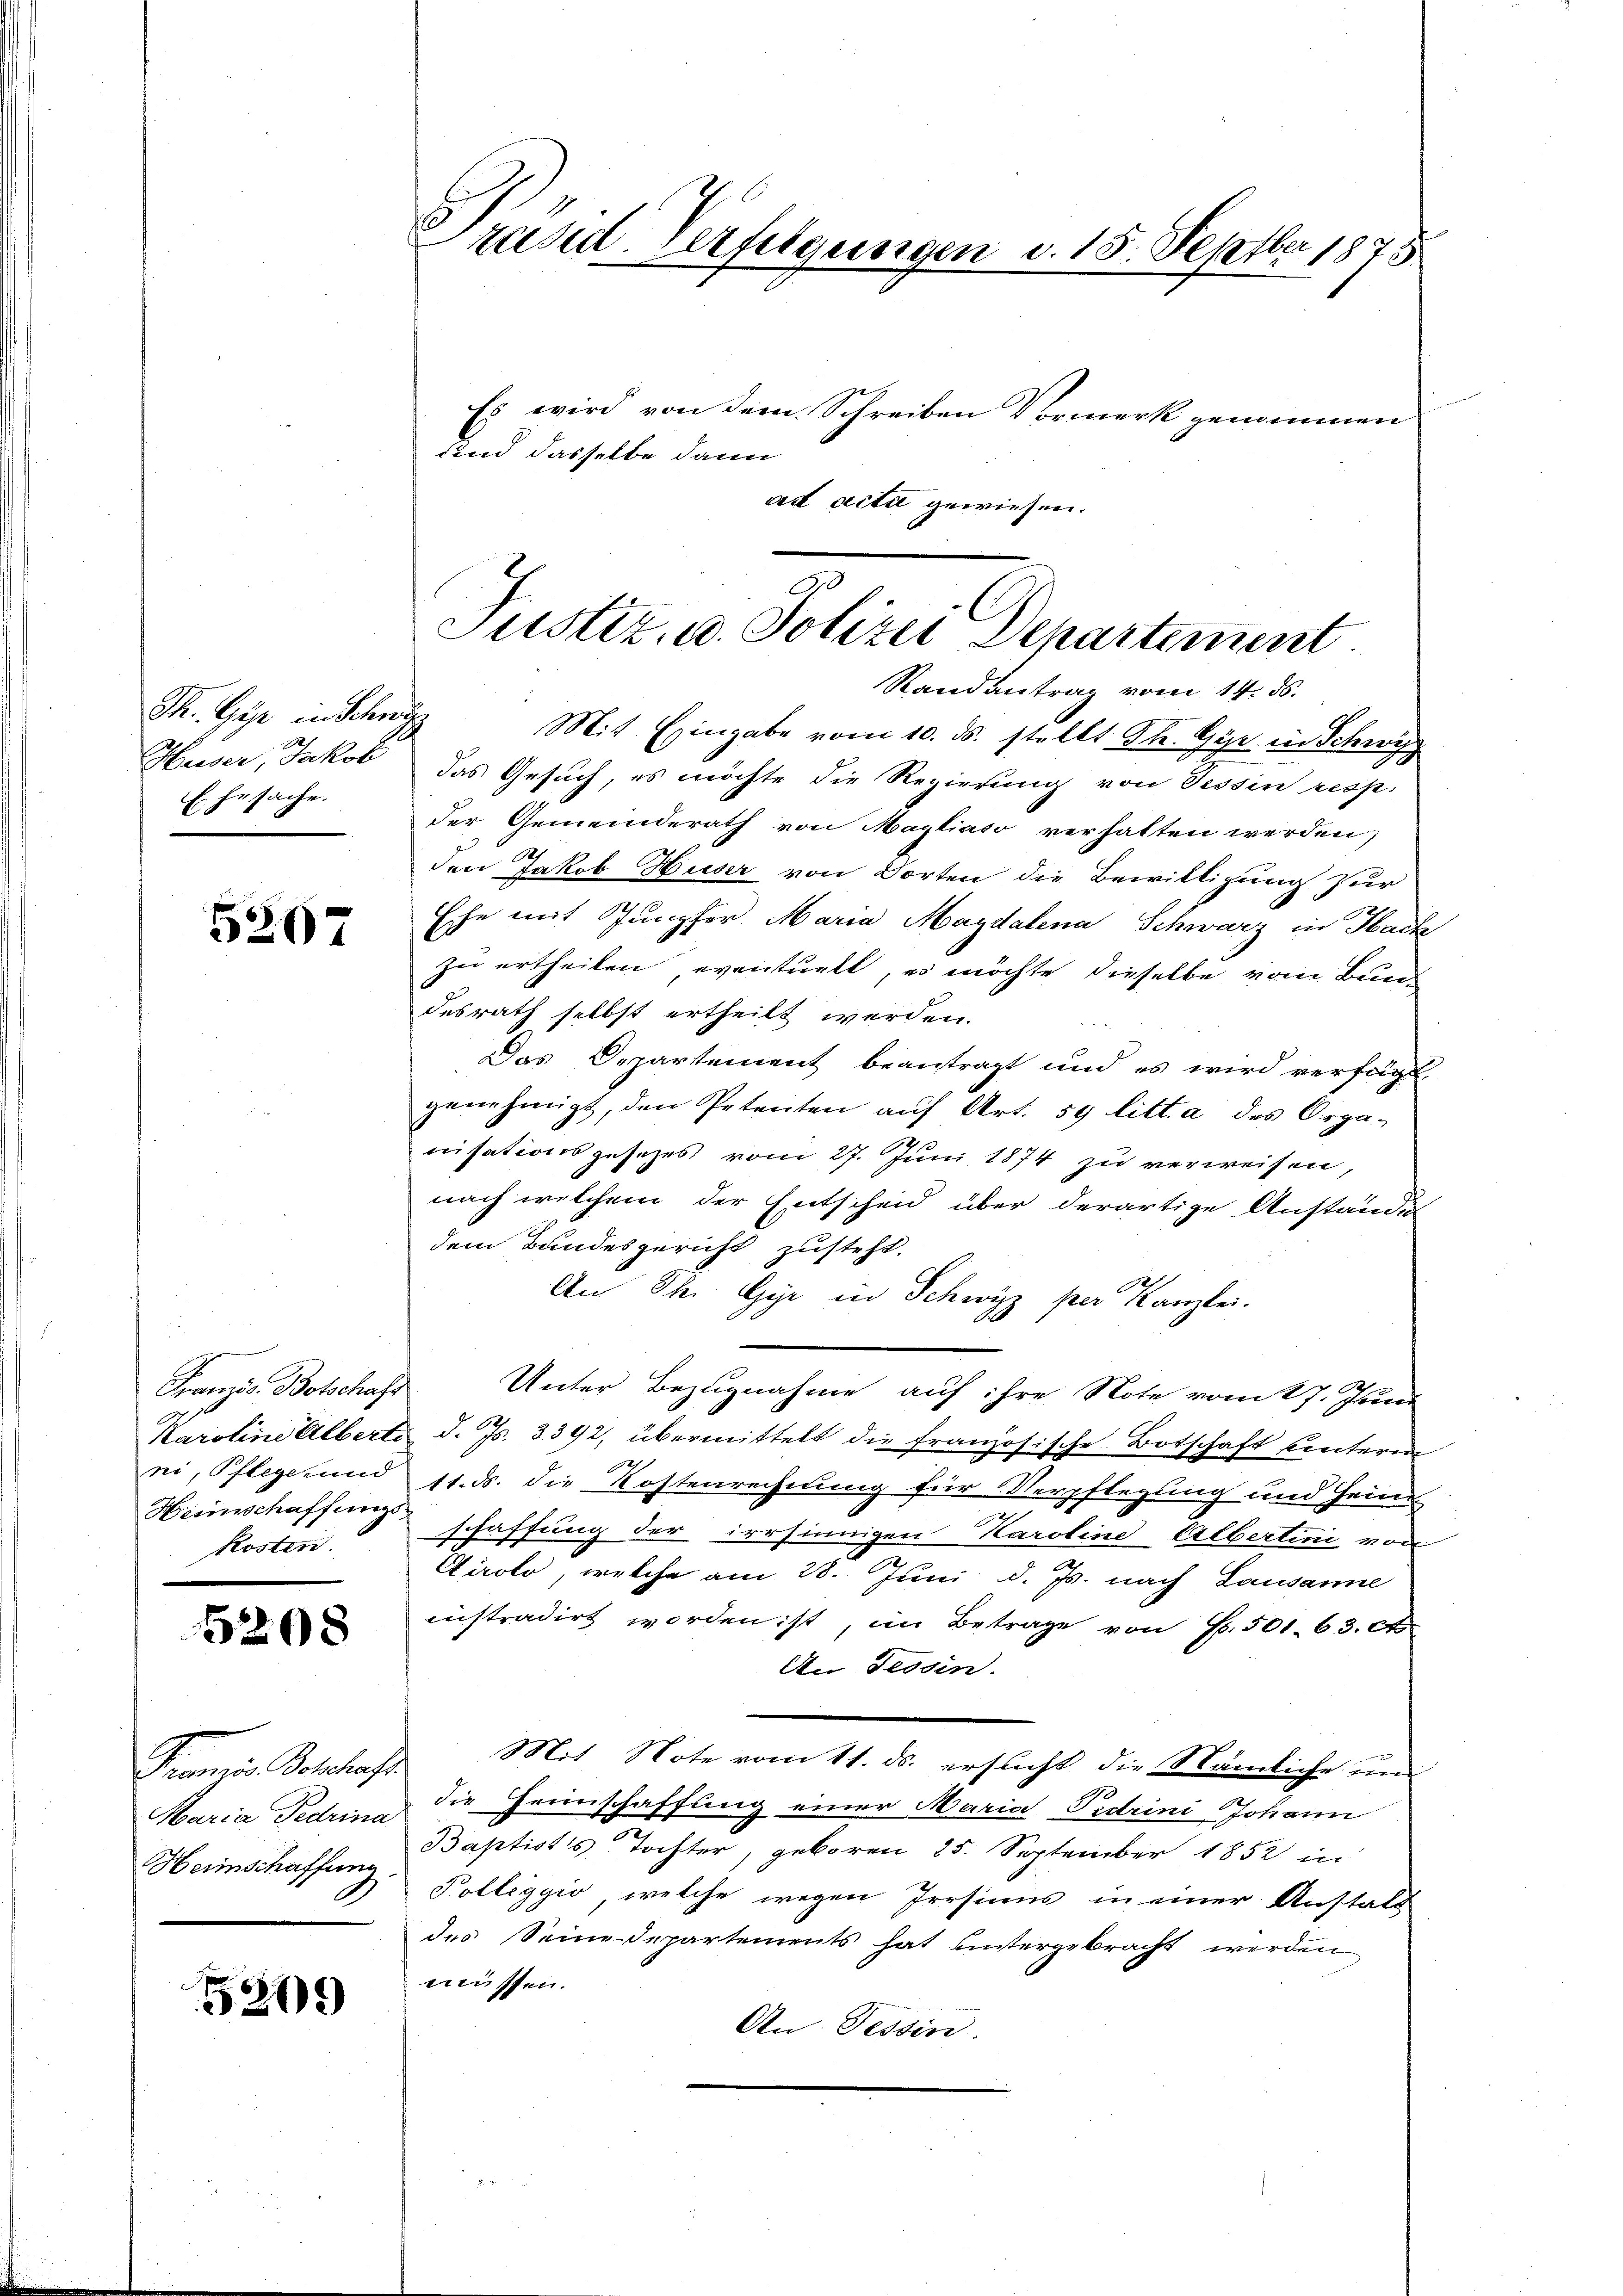
Th. Gyr in Schwyz
Ehesache.

5207

Franzia Botschaft
Hieinschaffungs
kosten.

298

Franzen Verlasse
Maria Fedrina
Herinschaffung.

5209

Prasul Verfügungen d. 15. Septber 1875

Es wird von dem Schreiben Vormerk genommen
und dasselbe dann
ad acti gewiesen.

Mit Eingabe vom 10. ds. stellt St. Gyr in Schwyz
Huser, Jakob das Gesuch, es möchte die Regierung von Tessin resp.
der Gemeinderath von Mayliato verhalten werden,
den Jakob Huser von Dorten die Bewilligung zur
Ehe mit Jungfer Maria Magdalena Schwarz in Hack
zu ertheilen eventuelt, es möchte dieselbe vom Bundesrath selbst ertheilt werden.
Das Departement beantragt und es wird verfügt.
genehmigt, den Petenten aŭf Art. 59 litt. a des Orga-
nisationsgesetzes vom 27. Juni 1874 zu verweisen,
nach welchem der Entscheid über derartige Anstände
dem Bundesgericht zusteht.
An St. Gyr in Schwyz per Kanzlei.
.
Unter Bezugnahme auf ihre Note vom 17. Juni
Karoline Alberti, d. Js. 3392, übermittelt die französische Botschaft untern
ni, Pflege und 11. ds. die Kostenrechnung für Verpflegung und Hein
schaffung der irrsinnigen Karoline Albertini von
Ctirolo, welche am 28. Juni d. Js. nach Lausanne
instradirt worden ist, im Betrage von Fr. 501. 63. et
An Tessin.
Mit Note vom 11. ds. ersucht die Nämliche un
die Feinschaffung einer Maria Prdrini Johann
Baptist's Tochter, geboren 25. September 1852 in
Polleggio, welche wegen Irrsinns in einer Anstalt
des Seine Departements hat untergebracht werden
müssen.
An Tessin.

Justiz, u. Polizei Departement
Randantrag vom 14. ds.